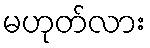
မဟုတ်လား